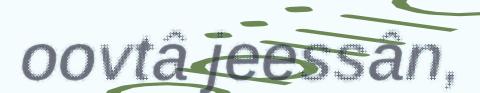
oovtâ jeessân,